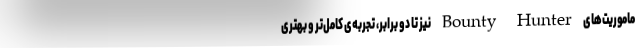
ماموریت‌های Bounty Hunter نیز تا دو برابر، تجربه‌ی کامل‌تر و بهتری